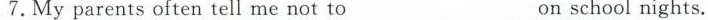
7.Myparentsoftentellmenotto _______on schoolnights.